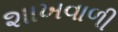
શાખવાળી